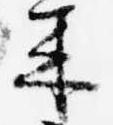
来